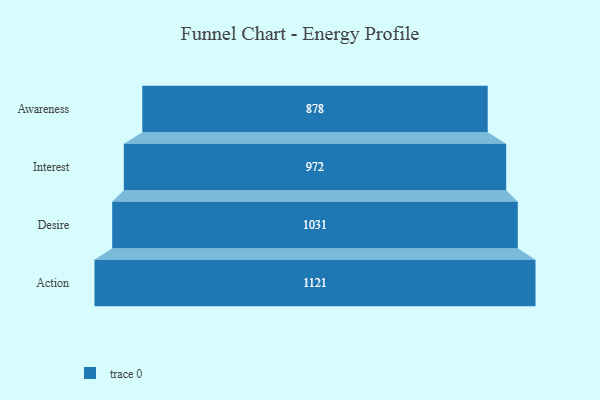
{"axis": {"x": "Stage", "y": "Value"}, "legend": [""], "data": [{"x": "Awareness", "y": 878.0, "type": ""}, {"x": "Interest", "y": 972.0, "type": ""}, {"x": "Desire", "y": 1031.0, "type": ""}, {"x": "Action", "y": 1121.0, "type": ""}]}